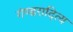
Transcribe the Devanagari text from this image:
गंण्डरादित्य